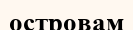
островам